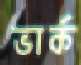
ভার্ক